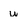
Character: w